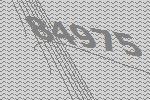
84975